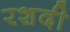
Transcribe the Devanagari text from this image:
रशदी